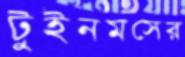
টুইনমসের